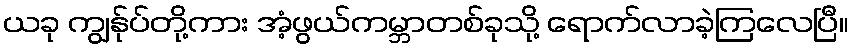
ယခု ကျွန်ုပ်တို့ကား အံ့ဖွယ်ကမ္ဘာတစ်ခုသို့ ရောက်လာခဲ့ကြလေပြီ။